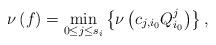
LaTeX: \begin{align*}\nu\left(f\right)=\min\limits_{0\le j\le s_i}\left\{\nu\left(c_{j,i_0}Q_{i_0}^{j}\right)\right\},\end{align*}